Report on sanitation, dispensaries, and jails in Rajputana for 1913, and on vaccination for the year 1913-1914 - 1913-1914
Year: 1913
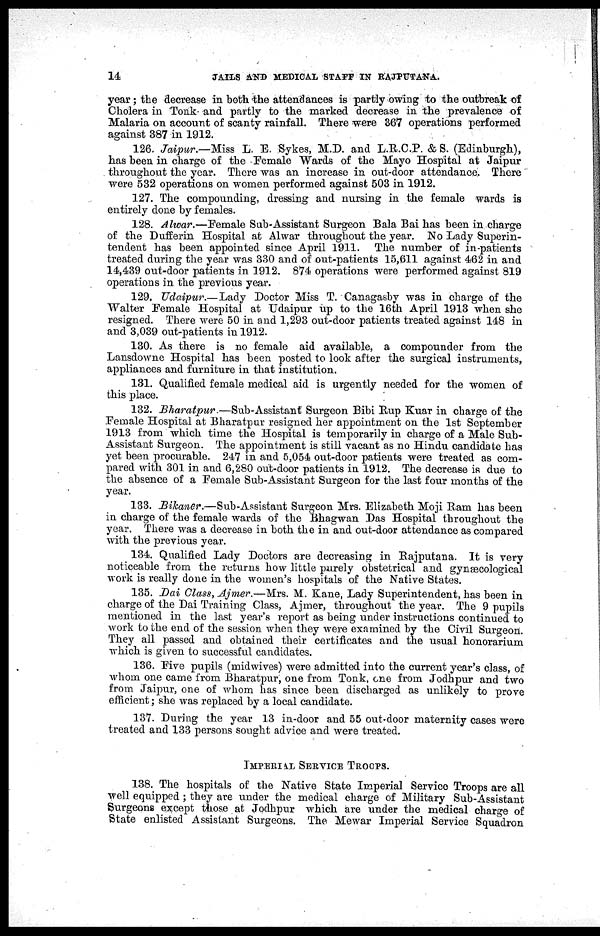
14
JAILS AND MEDICAL STAFF IN RAJPUTANA.
year; the decrease in both the attendances is partly owing to the outbreak of
Cholera in Tonk and partly to the marked decrease in the prevalence of
Malaria on account of scanty rainfall. There were 367 operations performed
against 387 in 1912.
126. Jaipur.—Miss L. E. Sykes, M.D. and L.R.C.P. & S. (Edinburgh),
has been in charge of the Female Wards of the Mayo Hospital at Jaipur
throughout the year. There was an increase in out-door attendance. There
were 532 operations on women performed against 503 in 1912.
127. The compounding, dressing and nursing in the female wards is
entirely done by females.
128. Alwar.—Female Sub-Assistant Surgeon Bala Bai has been in charge
of the Dufferin Hospital at Alwar throughout the year. No Lady Superin-
tendent has been appointed since April 1911. The number of in-patients
treated during the year was 330 and of out-patients 15,611 against 462 in and
14,439 out-door patients in 1912. 874 operations were performed against 819
operations in the previous year.
129. Udaipur.—Lady Doctor Miss T. Canagasby was in charge of the
Walter Female Hospital at Udaipur up to the 16th April 1913 when she
resigned. There were 50 in and 1,293 out-door patients treated against 148 in
and 3,039 out-patients in 1912.
130. As there is no female aid available, a compounder from the
Lansdowne Hospital has been posted to look after the surgical instruments,
appliances and furniture in that institution.
131. Qualified female medical aid is urgently needed for the women of
this place.
132. Bharatpur.—Sub-Assistant Surgeon Bibi Rup Kuar in charge of the
Female Hospital at Bharatpur resigned her appointment on the 1st September
1913 from which time the Hospital is temporarily in charge of a Male Sub-
Assistant Surgeon. The appointment is still vacant as no Hindu candidate has
yet been procurable. 247 in and 5,054 out-door patients were treated as com-
pared with 301 in and 6,280 out-door patients in 1912. The decrease is due to
the absence of a Female Sub-Assistant Surgeon for the last four months of the
year.
133. Bikaner.—Sub-Assistant Surgeon Mrs. Elizabeth Moji Ram has been
in charge of the female wards of the Bhagwan Das Hospital throughout the
year. There was a decrease in both the in and out-door attendance as compared
with the previous year.
134. Qualified Lady Doctors are decreasing in Rajputana. It is very
noticeable from the returns how little purely obstetrical and gynæcological
work is really done in the women's hospitals of the Native States.
135. Dai Class, Ajmer.—Mrs. M. Kane, Lady Superintendent, has been in
charge of the Dai Training Class, Ajmer, throughout the year. The 9 pupils
mentioned in the last year's report as being under instructions continued to
work to the end of the session when they were examined by the Civil Surgeon.
They all passed and obtained their certificates and the usual honorarium
which is given to successful candidates.
136. Five pupils (midwives) were admitted into the current year's class, of
whom one came from Bharatpur, one from Tonk, one from Jodhpur and two
from Jaipur, one of whom has since been discharged as unlikely to prove
efficient; she was replaced by a local candidate.
137. During the year 13 in-door and 55 out-door maternity cases were
treated and 133 persons sought advice and were treated.
IMPERIAL SERVICE TROOPS.
138. The hospitals of the Native State Imperial Service Troops are all
well equipped ; they are under the medical charge of Military Sub-Assistant
Surgeons except those at Jodhpur which are under the medical charge of
State enlisted Assistant Surgeons. The Mewar Imperial Service Squadron